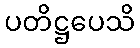
ပတိဋ္ဌပေသိ